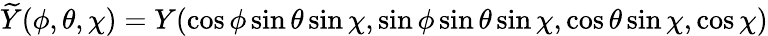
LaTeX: \widetilde{Y}(\phi,\theta,\chi)=Y(\cos\phi\sin\theta\sin\chi,\sin\phi\sin\theta\sin\chi,\cos\theta\sin\chi,\cos\chi)